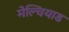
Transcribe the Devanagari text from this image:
मेल्चियाड